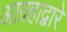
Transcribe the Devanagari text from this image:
आग्रहाद्वारे